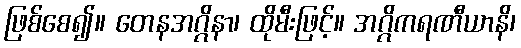
ဖြစ်စေ၍။ တေနအဂ္ဂိနာ၊ ထိုမီးဖြင့်။ အဂ္ဂိကရဏီယာနိ၊